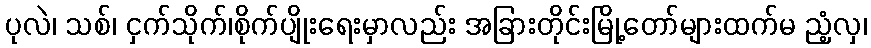
ပုလဲ၊ သစ်၊ ငှက်သိုက်၊စိုက်ပျိုးရေးမှာလည်း အခြားတိုင်းမြို့တော်များထက်မ ညံ့လှ၊